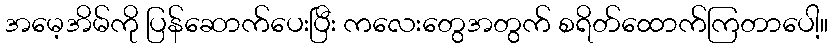
အမေ့အိမ်ကို ပြန်ဆောက်ပေးပြီး ကလေးတွေအတွက် စရိတ်ထောက်ကြတာပေါ့။